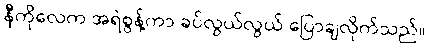
နီကိုလေက အရဲစွန့်ကာ ခပ်လွယ်လွယ် ပြောချလိုက်သည်။